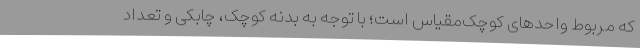
که مربوط واحدهای کوچک‌مقیاس است؛ با توجه به بدنه کوچک، چابکی و تعداد